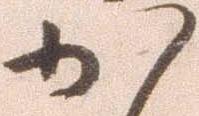
か